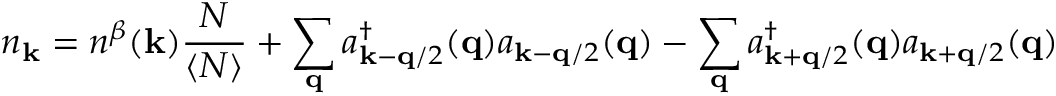
n _ { { \bf { k } } } = n ^ { \beta } ( { \bf { k } } ) \frac { N } { \langle N \rangle } + \sum _ { { \bf { q } } } a _ { { \bf { k } } - { \bf { q } } / 2 } ^ { \dagger } ( { \bf { q } } ) a _ { { \bf { k } } - { \bf { q } } / 2 } ( { \bf { q } } ) - \sum _ { { \bf { q } } } a _ { { \bf { k } } + { \bf { q } } / 2 } ^ { \dagger } ( { \bf { q } } ) a _ { { \bf { k } } + { \bf { q } } / 2 } ( { \bf { q } } )